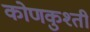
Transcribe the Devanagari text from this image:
कोणकुश्ती